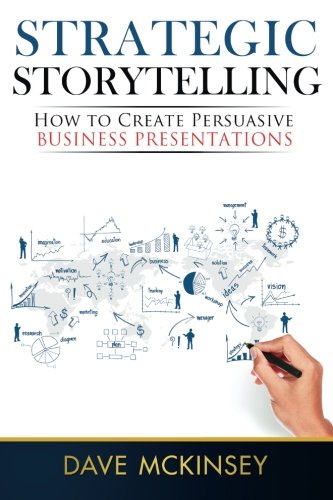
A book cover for Strategic Storytelling: How to Create Persuasive Business Presentations; Dave McKinsey; Business & Money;